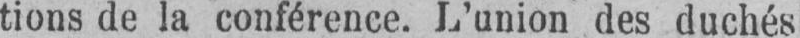
tions de la conférence. L’union des duchés